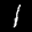
Label: 1